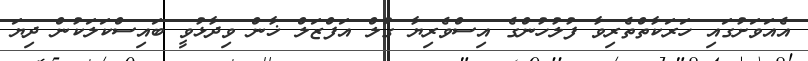
އެއަވަށުގައި ހަރަކާތްތެރިވާ ފުލުހުންގެ އިސްވެރިޔާ ގުލް އަފްޒަލް ޚާން ވިދާޅުވީ ބައިސްކަލަކުން ދިޔަ